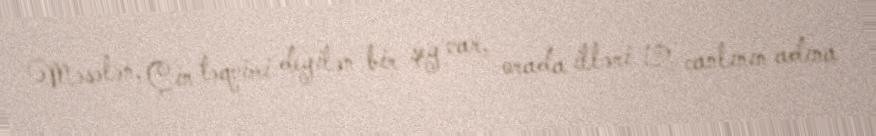
Məsələn, Çin təqvimi deyilən bir şey var, orada illəri 12 canlının adına